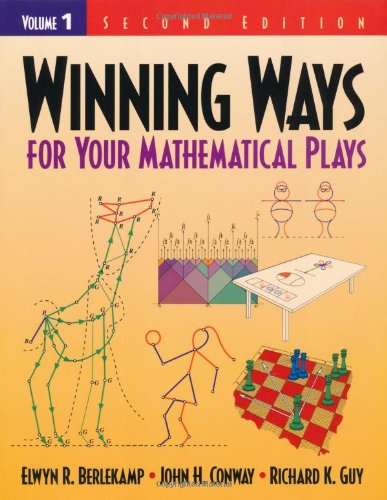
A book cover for Winning Ways for Your Mathematical Plays: Volume 1; Elwyn R. Berlekamp; Humor & Entertainment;